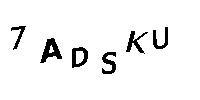
7ADSKU